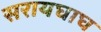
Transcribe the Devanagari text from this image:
सरायघाघ